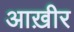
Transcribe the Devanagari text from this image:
आख़ीर